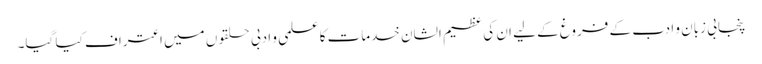
پنجابی زبان و ادب کے فروغ کے لیے ان کی عظیم الشان خدمات کا علمی و ادبی حلقوں میں اعتراف کیا گیا۔